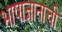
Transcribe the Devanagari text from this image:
भाषाज्ञानाची